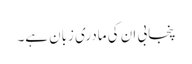
پنجابی ان کی مادری زبان ہے۔